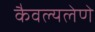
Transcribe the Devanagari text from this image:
कैवल्यलेणे